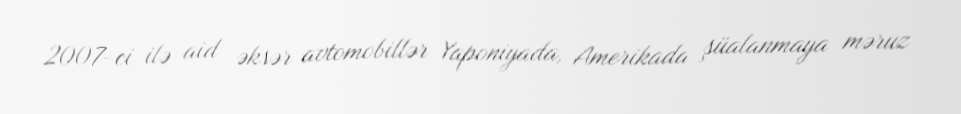
2007-ci ilə aid əksər avtomobillər Yaponiyada, Amerikada şüalanmaya məruz